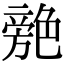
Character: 䒍